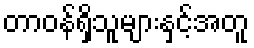
တာဝန်ရှိသူများနှင့်အတူ